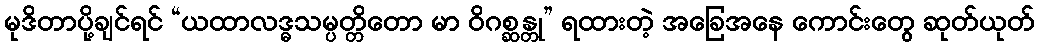
မုဒိတာပို့ချင်ရင် “ယထာလဒ္ဓသမ္ပတ္တိတော မာ ဝိဂစ္ဆန္တု” ရထားတဲ့ အခြေအနေ ကောင်းတွေ ဆုတ်ယုတ်